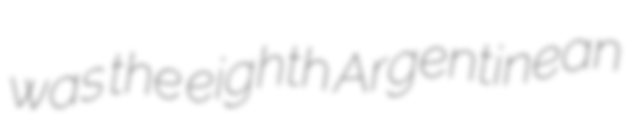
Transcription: was the eighth Argentinean